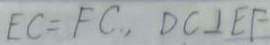
E C = F C , D C \bot E F